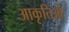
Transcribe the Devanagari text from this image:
आकृतिओं